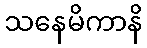
သနေမိကာနိ